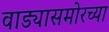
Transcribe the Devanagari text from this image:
वाड्यासमोरच्या